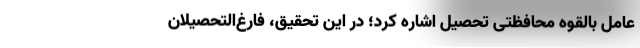
عامل بالقوه محافظتی تحصیل اشاره کرد؛ در این تحقیق، فارغ‌التحصیلان